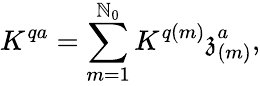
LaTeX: K^{qa}=\sum_{m=1}^{\mathbb{N}_{0}}K^{q(m)}\mathfrak{{z}}_{(m)}^{a},